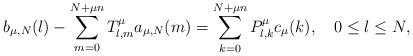
LaTeX: \begin{align*}b_{\mu,N}(l)-\sum_{ m=0}^{N+\mu n}T^{\mu}_{l,m}a_{\mu,N}(m)=\sum_{k=0}^{N+\mu n}P_{l,k}^{\mu}c_{\mu}(k),\quad0\leq l\leq N,\end{align*}